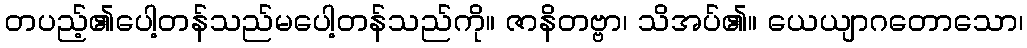
တပည့်၏ပေါ့တန်သည်မပေါ့တန်သည်ကို။ ဇာနိတဗ္ဗာ၊ သိအပ်၏။ ယေယျာဂတောသော၊